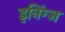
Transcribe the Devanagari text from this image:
इनिंग्ज